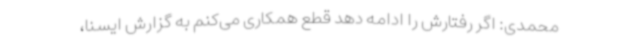
محمدی: اگر رفتارش را ادامه دهد قطع همکاری می‌کنم به گزارش ایسنا،